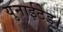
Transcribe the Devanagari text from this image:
युनाईटेड।